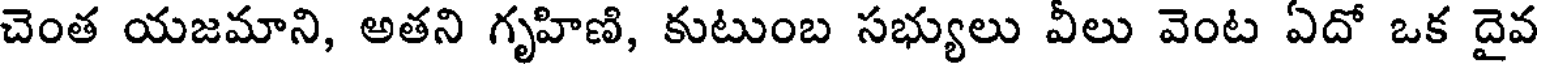
చెంత యజమాని, అతని గృహిణి, కుటుంబ సభ్యులు వీలు వెంట ఏదో ఒక దైవ